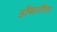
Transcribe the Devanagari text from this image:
डोंबारीण